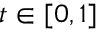
t \in [ 0 , 1 ]